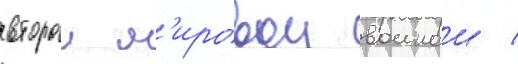
второи м'ировои воинои /